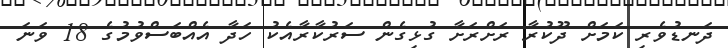
ދަނޑުވެރި ކަމަށް ދޫކުރާ ރަށްރަށާ ގުޅިގެން ސަރުކާރާއެކު ހަދާ އެއްބަސްވުމުގެ 18 ވަނަ